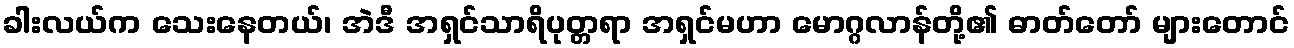
ခါးလယ်က သေးနေတယ်၊ အဲဒီ အရှင်သာရိပုတ္တရာ အရှင်မဟာ မောဂ္ဂလာန်တို့၏ ဓာတ်တော် များတောင်